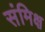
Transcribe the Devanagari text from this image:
संमिक्ष